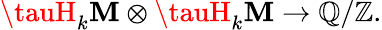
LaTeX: \tauH_{k}\mathbf{M}\otimes\tauH_{k}\mathbf{M}\to\mathbb{{Q}}/\mathbb{{Z}}.